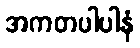
အကတပါပါနံ